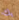
بك